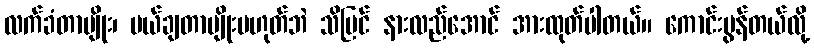
လက်ခံတာမျိုး၊ ပယ်ချတာမျိုးမဟုတ်ဘဲ သိမြင် နားလည်အောင် အားထုတ်ပါတယ်။ ကောင်းမွန်တယ်လို့